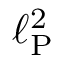
\ell _ { \mathrm { P } } ^ { 2 }